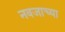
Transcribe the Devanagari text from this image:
नवजाच्या